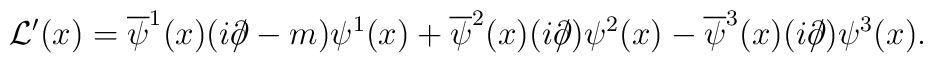
{\cal L}^\prime(x) = \overline{\psi}^1(x)(i\partial\!\!\!/-m)\psi^1(x)+\overline{\psi}^2(x)(i\partial\!\!\!/)\psi^2(x)-\overline{\psi}^3(x)(i\partial\!\!\!/)\psi^3(x).